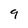
Character: 9